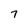
Character: 7